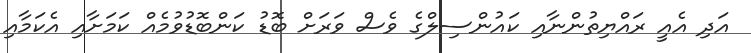
އަދި އެއީ ރައްޔިތުންނާއި ކައުންސިލްގެ ވެސް ވަރަށް ބޮޑު ކަންބޮޑުވުމެއް ކަމަށާއި އެކަމާއި